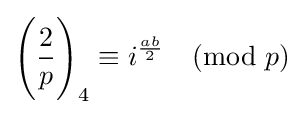
{\Bigg (}{\frac {2}{p}}{\Bigg )}_{4}\equiv i^{\frac {ab}{2}}{\pmod {p}}